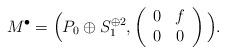
LaTeX: \begin{align*}M^\bullet=\Big( P_0\oplus S_1^{\oplus 2}, \left(\begin{array}{ccc} 0& f \\0&0 \end{array}\right)\Big).\end{align*}